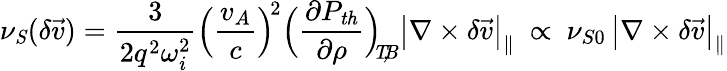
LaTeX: \nu_{\mathit{S}}(\delta\vec{v})=\frac{3}{2q^{2}\omega_{i}^{2}}\Big(\frac{v_{A}}{c}\Big)^{\! 2}\Big(\frac{\partial P_{\mathit{th}}}{\partial\rho}\Big)_{\mathit{\! \! T\! ,\! B}}\big|\nabla\times\delta\vec{v}\big|_{\| }\ \propto\ \nu_{S0}\, \big|\nabla\times\delta\vec{v}\big|_{\| }